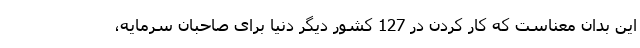
این بدان معناست که کار کردن در 127 کشور دیگر دنیا برای صاحبان سرمایه،